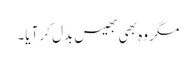
مگر وہ بھی بھیس بدل کر آیا۔